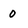
Character: 0